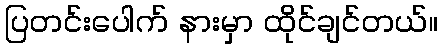
ပြတင်းပေါက် နားမှာ ထိုင်ချင်တယ်။